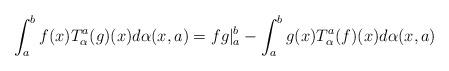
LaTeX: \begin{align*}\int_a^b f(x) T_\alpha ^a(g)(x) d\alpha(x,a)= fg|_a^b- \int_a^b g(x)T_\alpha ^a(f)(x) d\alpha(x,a)\end{align*}